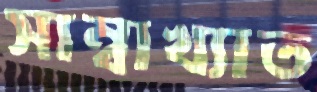
সাম্বাখ্যাত